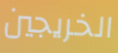
الخريجين